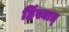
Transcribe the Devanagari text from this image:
हिंस्यात्‌